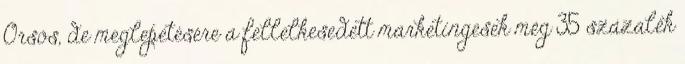
Orsós, de meglepetésére a fellelkesedett marketingesek még 35 százalék